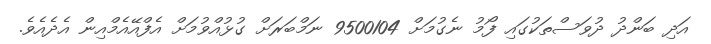
އަދި ބަންދު ދުވަސްތަކުގައި ފޯމު ނެގުމަށް 9500104 ނަމްބަރަށް ގުޅުއްވުމަށް އެފްއޭއެމްއިން އެދެއެވެ.